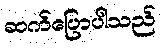
ဆက်ပြောပါသည်